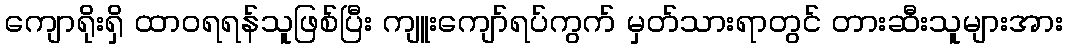
ကျောရိုးရှိ ထာဝရရန်သူဖြစ်ပြီး ကျူးကျော်ရပ်ကွက် မှတ်သားရာတွင် တားဆီးသူများအား